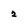
Character: 2